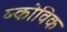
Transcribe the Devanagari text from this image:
य्न्कोविक